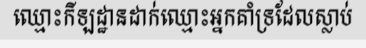
ឈ្មោះកីឡដ្ឋានដាក់ឈ្មោះអ្នកគាំទ្រដែលស្លាប់